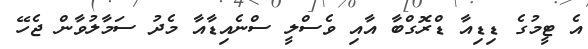
އެ ޓީމުގެ ޑިޑިއާ ޑްރޮގްބާ އާއި ވެސްލީ ސްނެއިޑާއާ މެދު ސަމާލުވާން ޖެހޭ